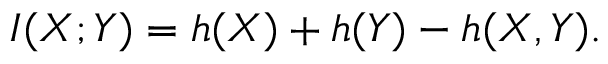
I ( X ; Y ) = h ( X ) + h ( Y ) - h ( X , Y ) .